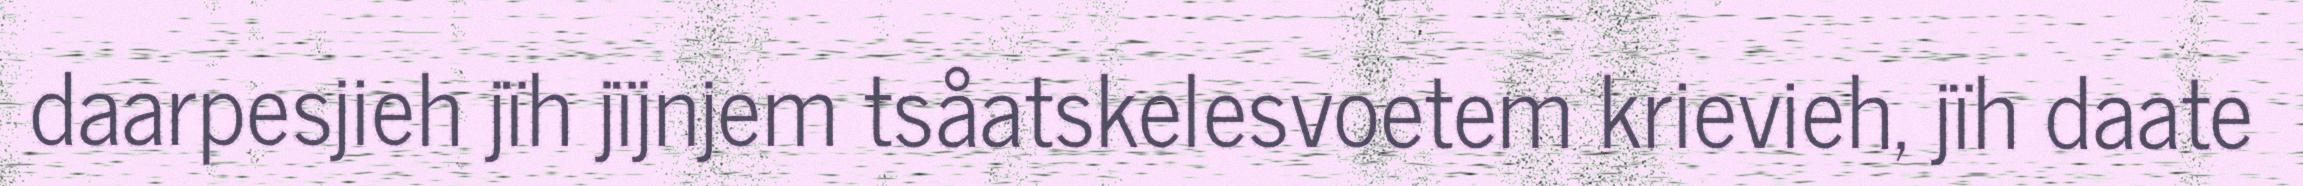
daarpesjieh jïh jïjnjem tsåatskelesvoetem krievieh, jïh daate